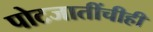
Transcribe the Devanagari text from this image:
पोटजातींचीही